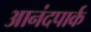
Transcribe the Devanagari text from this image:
आनंदपार्क